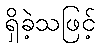
ရှိခဲ့သဖြင့်